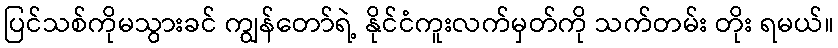
ပြင်သစ်ကိုမသွားခင် ကျွန်တော်ရဲ့ နိုင်ငံကူးလက်မှတ်ကို သက်တမ်း တိုး ရမယ်။